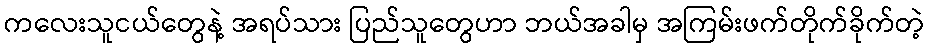
ကလေးသူငယ်တွေနဲ့ အရပ်သား ပြည်သူတွေဟာ ဘယ်အခါမှ အကြမ်းဖက်တိုက်ခိုက်တဲ့